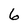
Character: 6